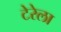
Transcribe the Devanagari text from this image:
टेरेला